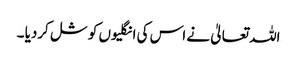
اللہ تعالیٰ نے اس کی انگلیوں کو شل کردیا ۔